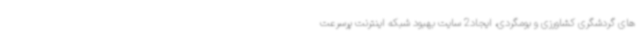
های گردشگری کشاورزی و بومگردی، ایجاد2 سایت بهبود شبکه اینترنت پرسرعت